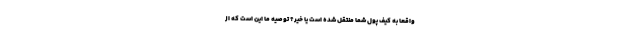
واقعا به کیف پول شما منتقل شده است یا خیر؟ توصیه ما این است که از